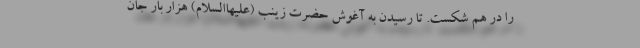
را در هم شکست. تا رسیدن به آغوش حضرت زینب (علیهاالسلام) هزار بار جان